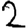
Digit: 2